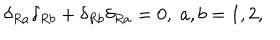
\delta _ { R a } \delta _ { R b } + \delta _ { R b } \delta _ { R a } = 0 , \; a , b = 1 , 2 ,